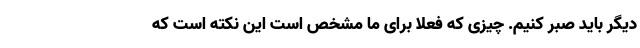
دیگر باید صبر کنیم. چیزی که فعلا برای ما مشخص است این نکته است که